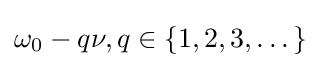
\omega _{0}-q\nu ,q\in \{1,2,3,\dots \}